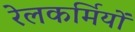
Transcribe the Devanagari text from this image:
रेलकर्मियों